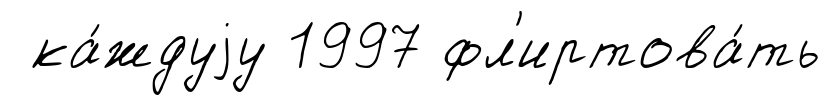
ка́ждуjу 1997 фл'иртова́ть